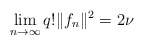
\begin{align*}\lim_{n\to\infty} q! \|f_n\|^2 = 2\nu\end{align*}